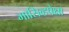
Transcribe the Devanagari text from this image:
मासिव्हपेक्षा